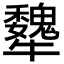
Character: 犩